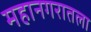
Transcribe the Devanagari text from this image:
महानगरातला